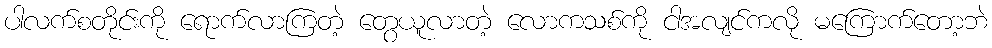
ပါလက်စတိုင်းကို ရောက်လာကြတဲ့ တွေယူလာတဲ့ လောကသစ်ကို ငါအလျင်ကလို မကြောက်တော့ဘဲ